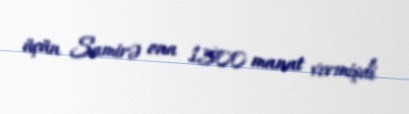
üçün Samirə ona 1500 manat vermişdi.